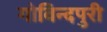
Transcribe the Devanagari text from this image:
गोविन्दपुरी